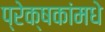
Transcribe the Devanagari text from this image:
प्रेक्षकांमधे